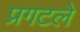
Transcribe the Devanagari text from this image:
प्रगटले